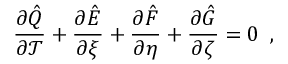
\frac { \partial \hat { Q } } { \partial \mathcal { T } } + \frac { \partial \hat { E } } { \partial \xi } + \frac { \partial \hat { F } } { \partial \eta } + \frac { \partial \hat { G } } { \partial \zeta } = 0 \, \mathrm { ~ , ~ }